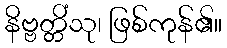
နိဗ္ဗတ္တိံသု၊ ဖြစ်ကုန်၏။